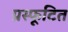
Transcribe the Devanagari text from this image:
प्रस्फूटित